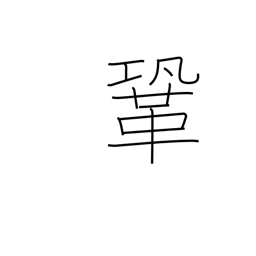
Meaning: firm